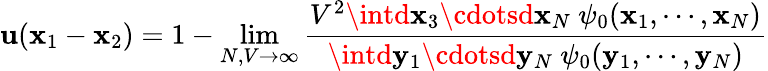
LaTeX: \mathbf{u}(\mathbf{x}_{1}-\mathbf{x}_{2})=1-\operatorname*{lim}_{N,V\to\infty}\frac{{V^{2}\intd\mathbf{x}_{3}\cdotsd\mathbf{x}_{N}\ \psi_{0}(\mathbf{x}_{1},\cdots,\mathbf{x}_{N})}}{{\intd\mathbf{y}_{1}\cdotsd\mathbf{y}_{N}\ \psi_{0}(\mathbf{y}_{1},\cdots,\mathbf{y}_{N})}}